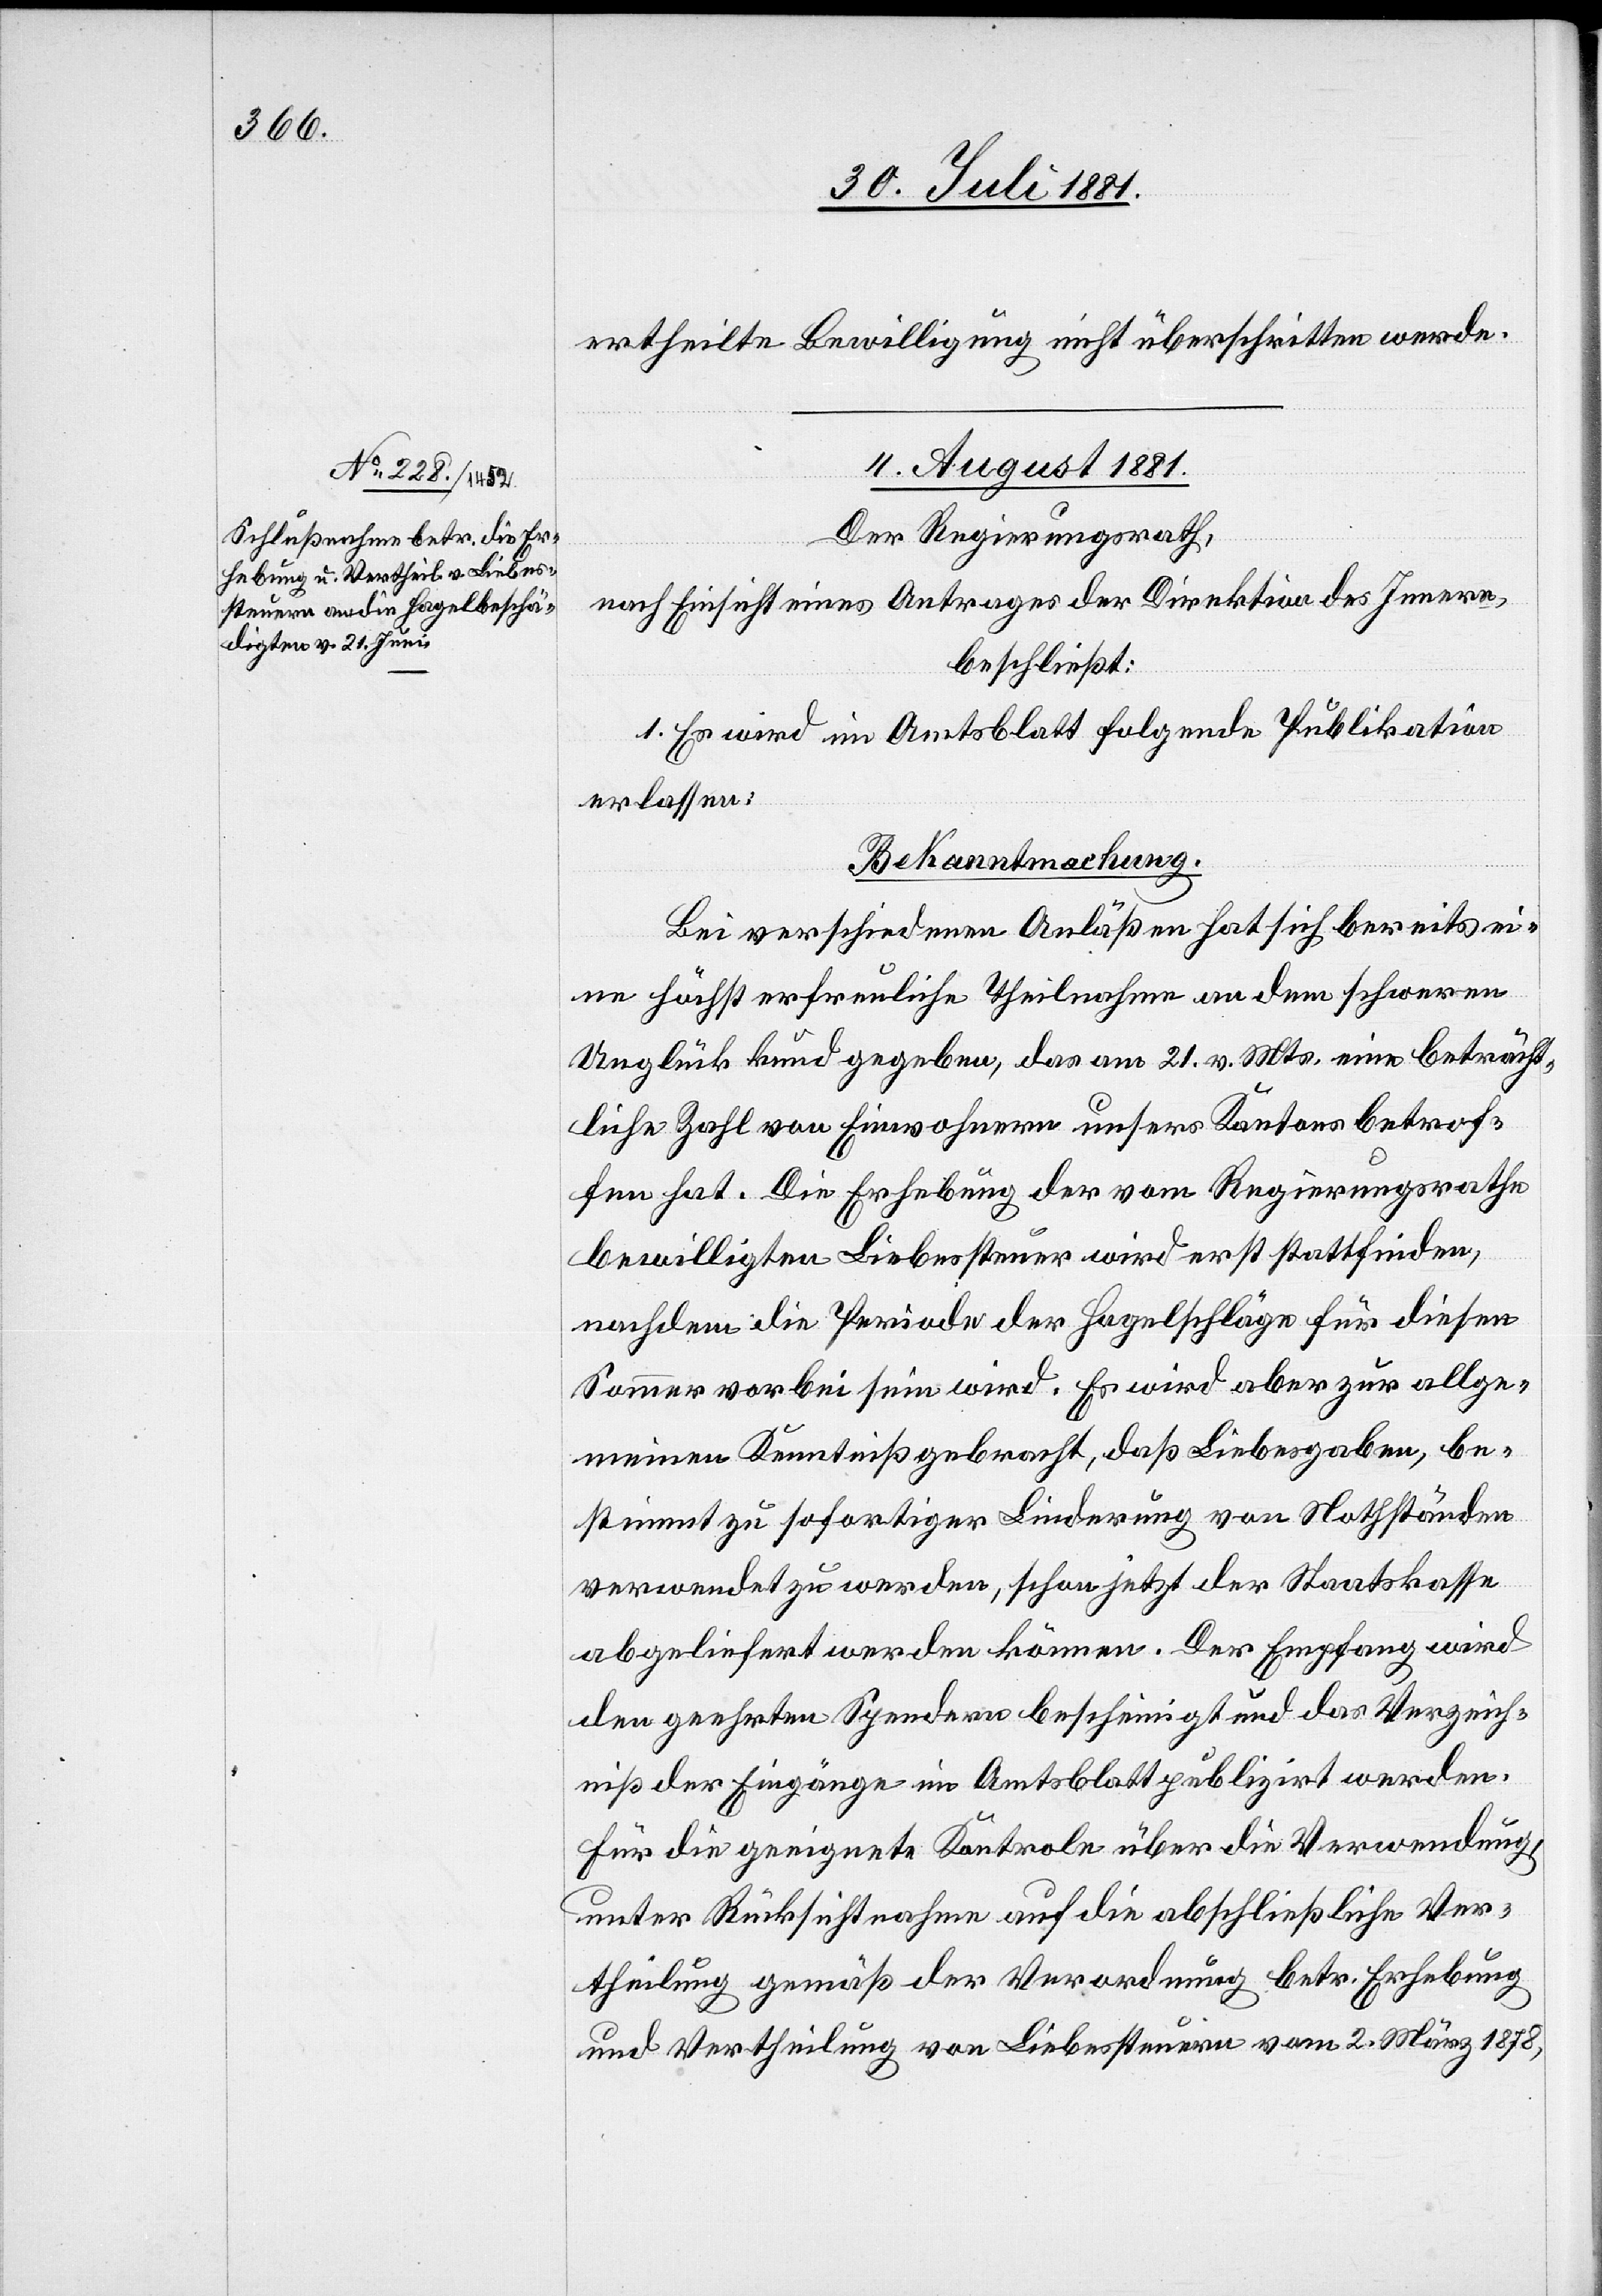
ertheilte Bewilligung nicht überschritten werde.
4. August 1881.
Der Regierungsrath,
nach Einsicht eines Antrages der Direktion des Innern,
beschließt:
1. Es wird im Amtsblatt folgende Publikation
erlassen:
[„]Bekanntmachung.
Bei verschiedenen Anäßen hat sich bereits ei¬
ne höchst erfreuliche Theilnahme an dem schweren
Unglück kund gegeben, das am 21. v. Mts. eine beträcht¬
liche Zahl von Einwohnern unsers Kantons betrof¬
fen hat. Die Erhebung der vom Regierungsrathe
bewilligten Liebessteuer wird erst stattfinden,
nachdem die Periode der Hagelschläge für diesen
Sommer vorbei sein wird. Es wird aber zur allge¬
meinen Kenntniß gebracht, daß Liebesgaben, be¬
stimmt zu sofortiger Linderung von Nothständen
verwendet zu werden, schon jetzt der Staatskasse
abgeliefert werden können. Der Empfang wird
den geehrten Spendern bescheinigt und das Verzeich¬
niß der Eingänge im Amtsblatt publizirt werden.
Für die geeignete Kontrole über die Verwendung,
unter Rücksichtnahme auf die abschließliche Ver¬
theilung gemäß der Verordnung betr. Erhebung
und Vertheilung von Liebessteuern vom 2. März 1878,